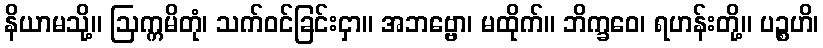
နိယာမသို့။ ဩက္ကမိတုံ၊ သက်ဝင်ခြင်းငှာ။ အဘဗ္ဗော၊ မထိုက်။ ဘိက္ခဝေ၊ ရဟန်းတို့။ ပဉ္စဟိ၊